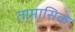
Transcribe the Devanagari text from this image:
तामासिक